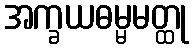
အက္ခယဓမ္မမတ္ထု